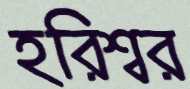
হরিশ্বর